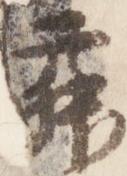
舞